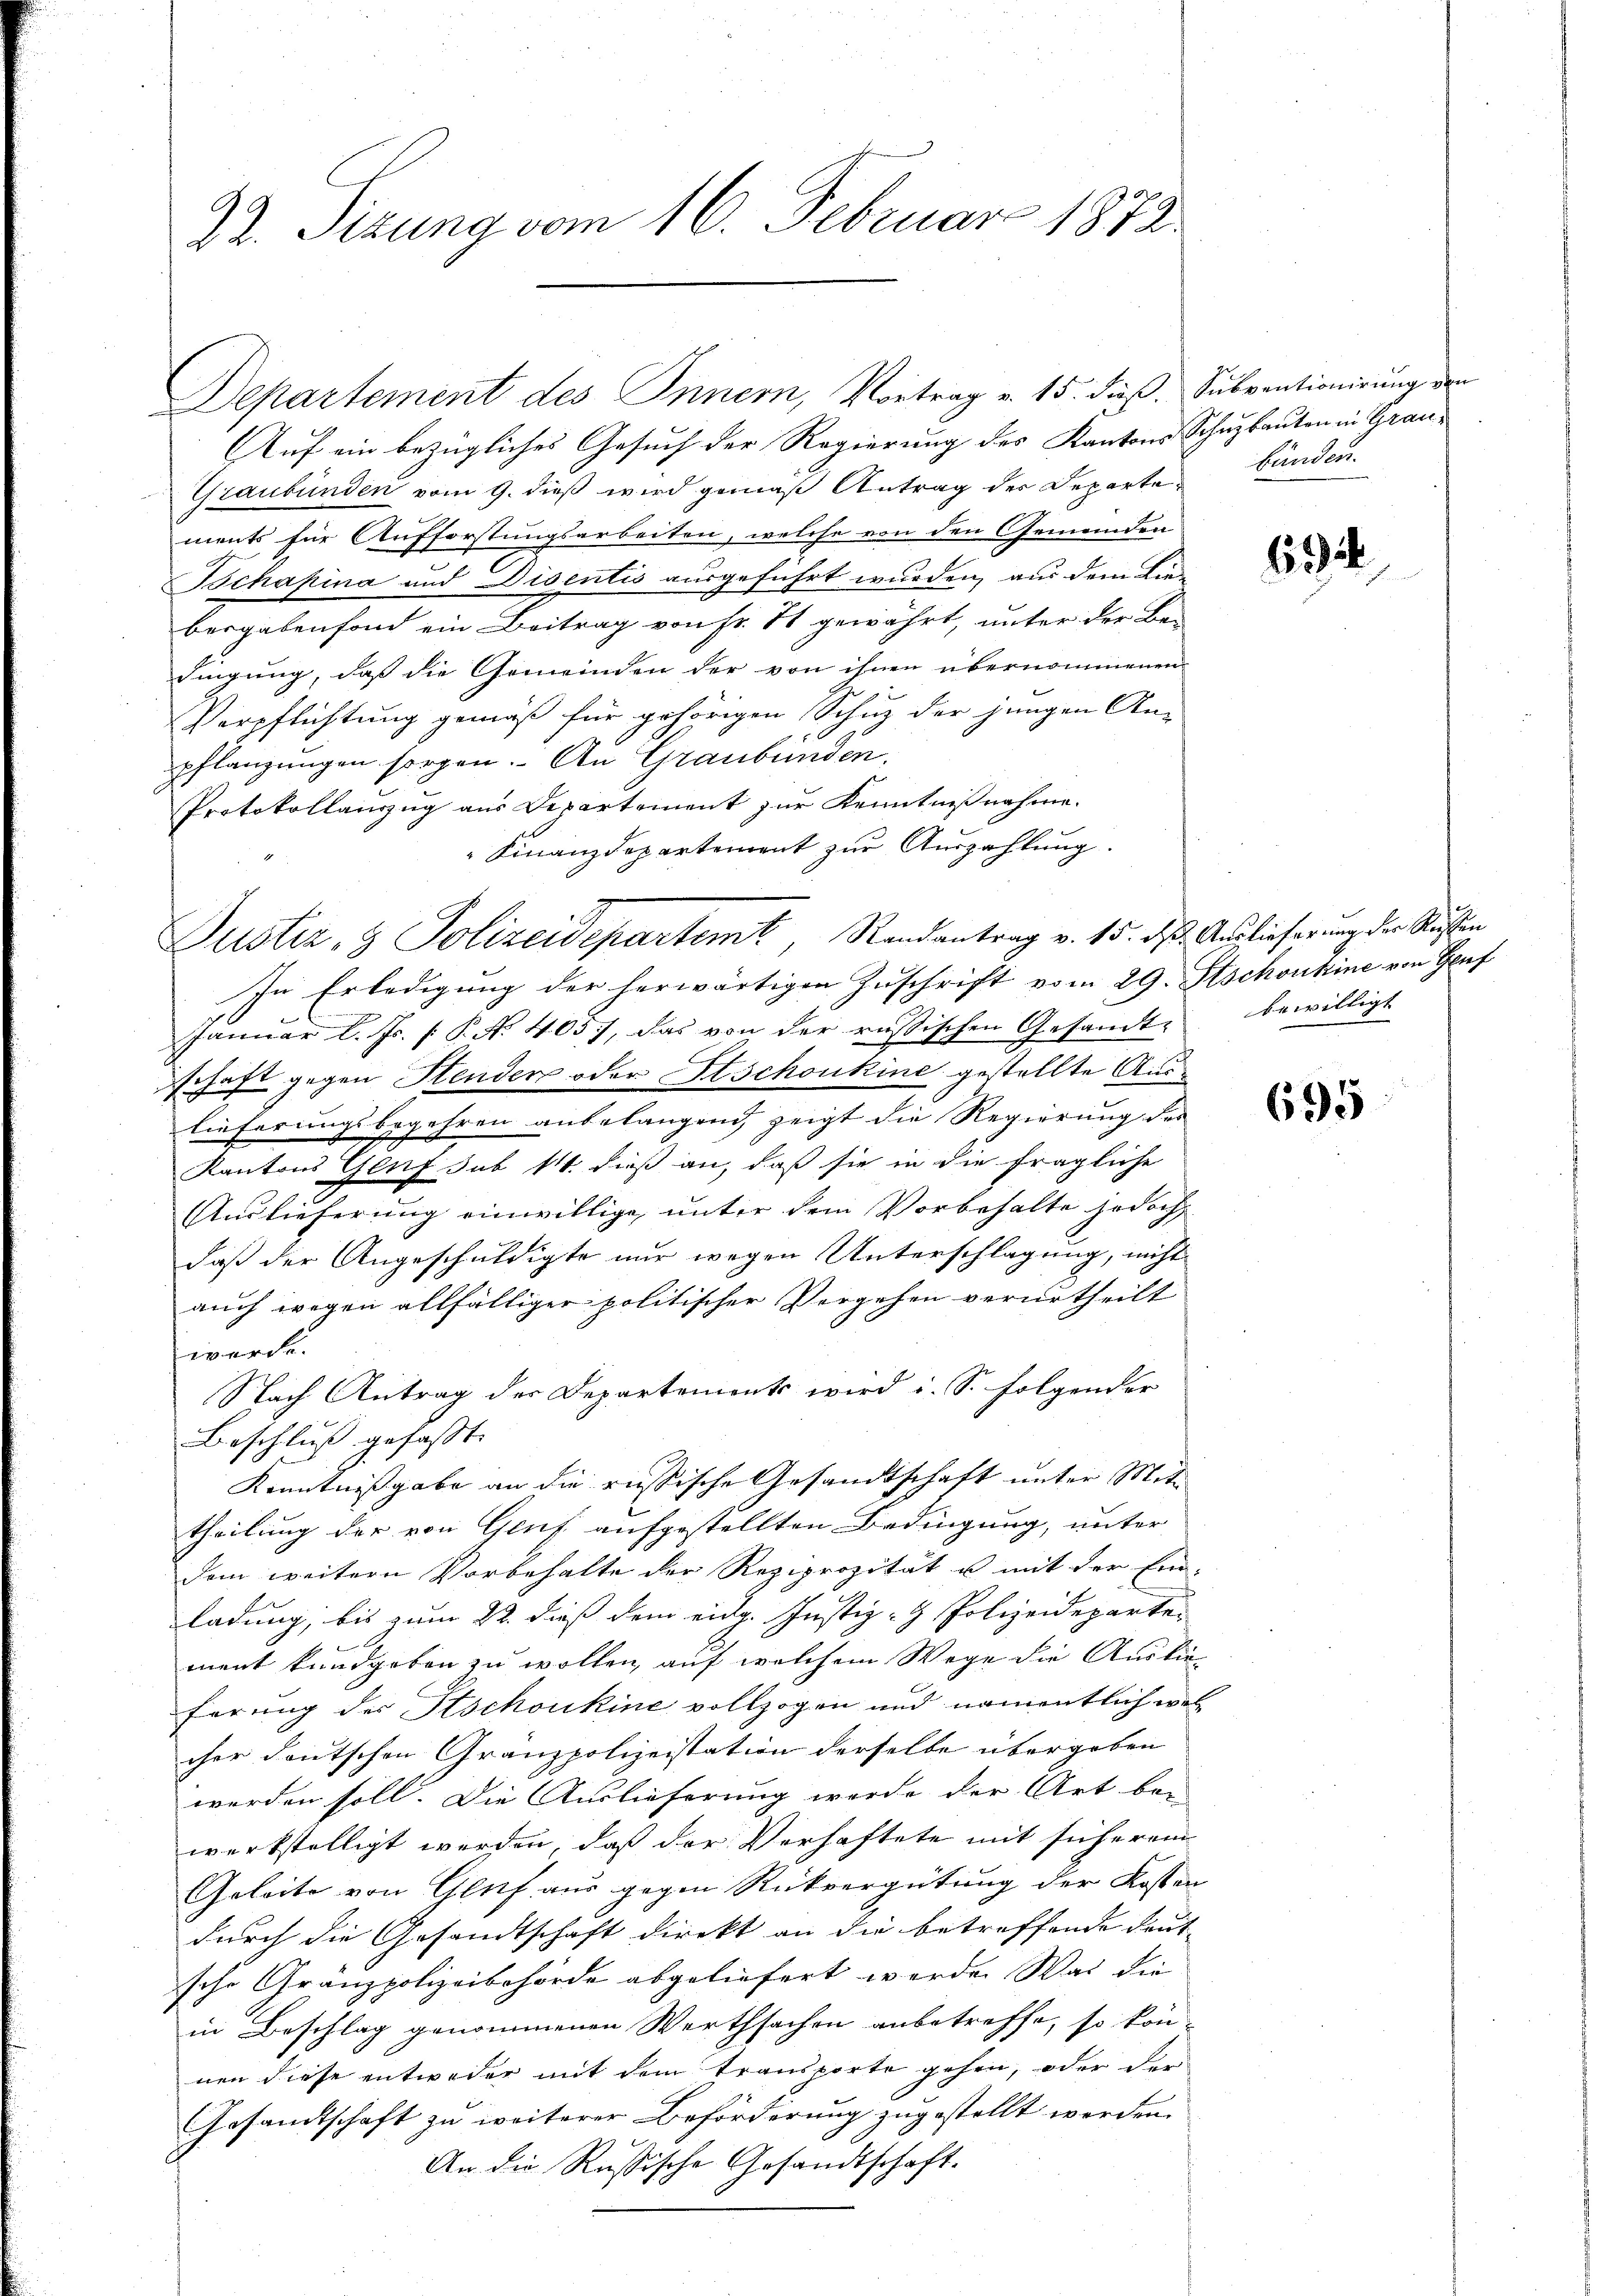
22. Sizung vom 16. Februar 1873.

Auf ein bezügliches Gesuch der Regierung des Kantons Schuzbauten in Grau¬
Graubünden vom 9. dieß wird gemäß Antrag der Departe bunden
ments für Aufforstungsarbeiten, welche von den Gemeinden
Bchapina und Disentis ausgeführt wurden, aus dem Lie-
besgabenfond ein Beitrag von Fr. 71 gewährt, unter der Be-
dingung, daß die Gemeinden der von ihnen übernommenen
Verpflichtung gemäß für gehörigen Schuz der jungen An-
pflanzungen sorgen. An Graubünden,
Protokollauszug aus Departement zur Kenntnißnahme.
Finanzdepartement zur Auszahlung.
In Erledigung der herwärtigen Zuschrift vom 29. Stschonhine von Gef
Januar l. Js. [ P. Nr. 405, das von der russischen Gesandte bewilligt
schaft gegen Henden oder Etschoukine gestellte Auslieferungsbegehren anbelangend, zeigt die Regierung des
Kantons Genf sub 14. dieß an, daß sie in die fragliche
Auslieferung einwillige, unter dem Vorbehalte jedoch
daß der Angeschuldigte nur wegen Unterschlagung, nicht
auch wegen allfälliger politischer Vergehen verurtheilt
werde.
Nach Antrag der Departements wird i. S. folgender
Beschluß gefasst.
Kenntnißgabe an die russische Gesandtschaft unter Mittheilung der von Gluf aufgestellten Bedingung, unter
dem weitern Vorbehalte der Reziprozität u. mit der Ein-
ladung, bis zum 22. dieß dem eidg. Justiz- & Polizeideparten
ment kundgeben zu wollen, auf welchem Wege die Auslie
ferung der Aschoukine vollzogen und namentlich wel
cher deutschen Granzpolizeistation derselbe übergeben
werden soll. Die Auslieferung werde der Art bei
werkstelligt werden, daß der Verhaftete mit sicherein
Geleite von Gluf aus gegen Rückvergütung der Kosten
durch die Gesandtschaft direkt an die betreffende deut-
sche Gränzpolizeibehörde abgeliefert werden Was die
in Beschlag genommenen Werthsachen anbetreffe, so können diese entweder mit dem Transporte gehen, oder der
Gesandtschaft zu weiterer Beförderung zugestellt werden.
An die Russische Gesandtschaft.

Departement des Innern, Vortrag v. 15. dieß. Subventionirung de

Justiz & Polizeidepartemt, Randantrag v. 15. ds. Auslieferung der Reußen

6

695